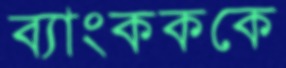
ব্যাংকককে